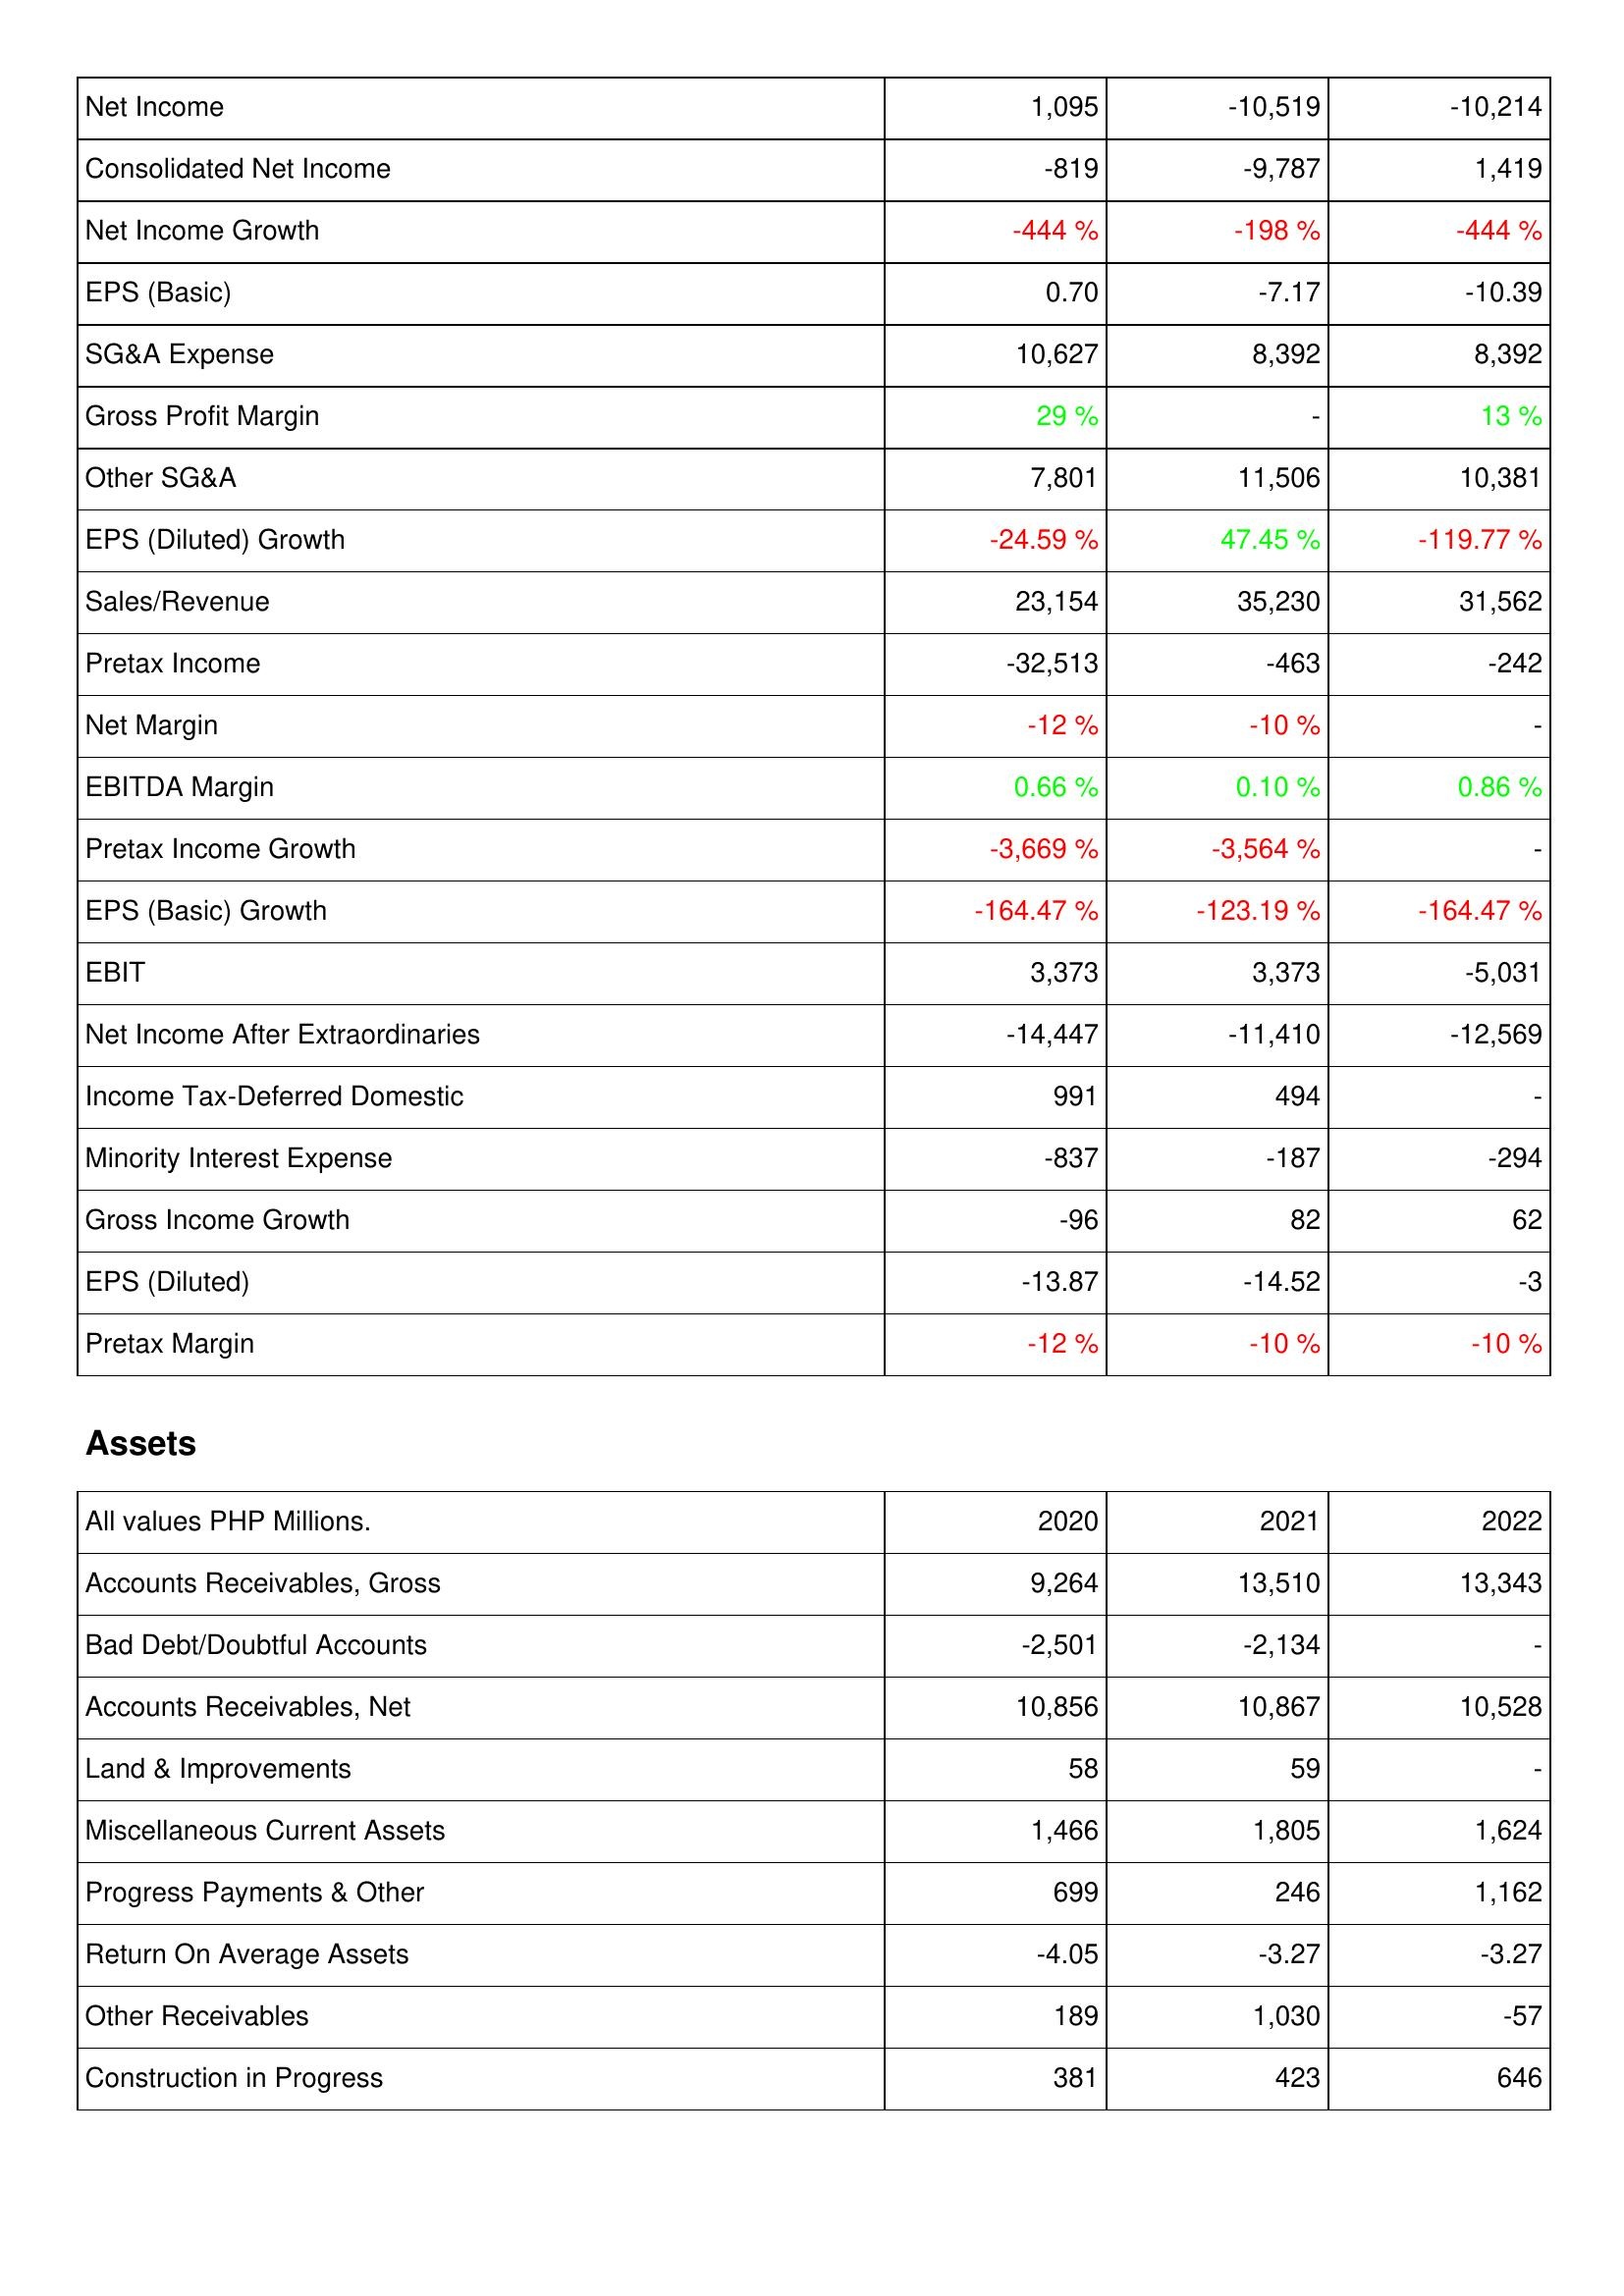
2020: Income Statement: Net Income: 1,095
Consolidated Net Income: -819
Net Income Growth: -444 %
EPS (Basic): 0.70
SG&A Expense: 10,627
Gross Profit Margin: 29 %
Other SG&A: 7,801
EPS (Diluted) Growth: -24.59 %
Sales/Revenue: 23,154
Pretax Income: -32,513
Net Margin: -12 %
EBITDA Margin: 0.66 %
Pretax Income Growth: -3,669 %
EPS (Basic) Growth: -164.47 %
EBIT: 3,373
Net Income After Extraordinaries: -14,447
Income Tax-Deferred Domestic: 991
Minority Interest Expense: -837
Gross Income Growth: -96
EPS (Diluted): -13.87
Pretax Margin: -12 %
Assets: Accounts Receivables, Gross: 9,264
Bad Debt/Doubtful Accounts: -2,501
Accounts Receivables, Net: 10,856
Land & Improvements: 58
Miscellaneous Current Assets: 1,466
Progress Payments & Other: 699
Return On Average Assets: -4.05
Other Receivables: 189
Construction in Progress: 381
2021: Income Statement: Net Income: -10,519
Consolidated Net Income: -9,787
Net Income Growth: -198 %
EPS (Basic): -7.17
SG&A Expense: 8,392
Gross Profit Margin: -
Other SG&A: 11,506
EPS (Diluted) Growth: 47.45 %
Sales/Revenue: 35,230
Pretax Income: -463
Net Margin: -10 %
EBITDA Margin: 0.10 %
Pretax Income Growth: -3,564 %
EPS (Basic) Growth: -123.19 %
EBIT: 3,373
Net Income After Extraordinaries: -11,410
Income Tax-Deferred Domestic: 494
Minority Interest Expense: -187
Gross Income Growth: 82
EPS (Diluted): -14.52
Pretax Margin: -10 %
Assets: Accounts Receivables, Gross: 13,510
Bad Debt/Doubtful Accounts: -2,134
Accounts Receivables, Net: 10,867
Land & Improvements: 59
Miscellaneous Current Assets: 1,805
Progress Payments & Other: 246
Return On Average Assets: -3.27
Other Receivables: 1,030
Construction in Progress: 423
2022: Income Statement: Net Income: -10,214
Consolidated Net Income: 1,419
Net Income Growth: -444 %
EPS (Basic): -10.39
SG&A Expense: 8,392
Gross Profit Margin: 13 %
Other SG&A: 10,381
EPS (Diluted) Growth: -119.77 %
Sales/Revenue: 31,562
Pretax Income: -242
Net Margin: -
EBITDA Margin: 0.86 %
Pretax Income Growth: -
EPS (Basic) Growth: -164.47 %
EBIT: -5,031
Net Income After Extraordinaries: -12,569
Income Tax-Deferred Domestic: -
Minority Interest Expense: -294
Gross Income Growth: 62
EPS (Diluted): -3
Pretax Margin: -10 %
Assets: Accounts Receivables, Gross: 13,343
Bad Debt/Doubtful Accounts: -
Accounts Receivables, Net: 10,528
Land & Improvements: -
Miscellaneous Current Assets: 1,624
Progress Payments & Other: 1,162
Return On Average Assets: -3.27
Other Receivables: -57
Construction in Progress: 646